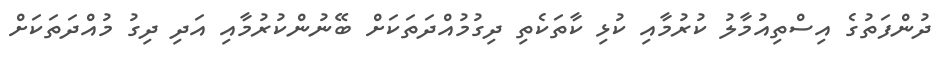
ދުންފަތުގެ އިސްތިއުމާލު ކުރުމާއި ކުޅި ކާތަކެތި ދިގުމުއްދަތަކަށް ބޭނުންކުރުމާއި އަދި ދިގު މުއްދަތަކަށް